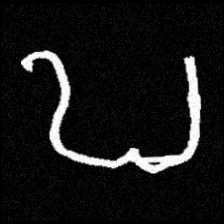
Pyu character \u2014 Myanmar letter: ဎ (romanized: ddha)